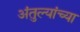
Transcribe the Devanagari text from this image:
अंतुल्यांच्या